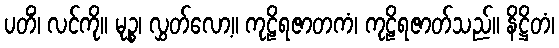
ပတိံ၊ လင်ကို။ မုဉ္စ၊ လွှတ်လော့။ ကုဠိရဇာတကံ၊ ကုဠိရဇာတ်သည်။ နိဋ္ဌိတံ၊